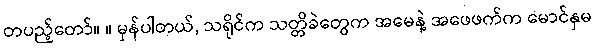
တပည့်တော်။ ။ မှန်ပါတယ်, သရိုင်က သတ္တိခဲတွေက အမေနဲ့ အဖေဖက်က မောင်နှမ